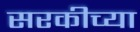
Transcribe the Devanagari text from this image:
सरकीच्या